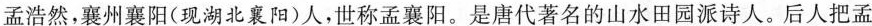
孟浩然，襄州襄阳(现湖北襄阳)人，世称孟襄阳。是唐代著名的山水田园派诗人。后人把孟